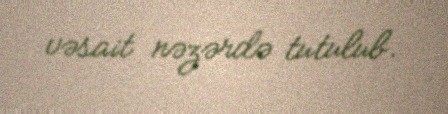
vəsait nəzərdə tutulub.